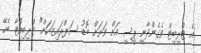
އެ ޓްރިބިޓް ވެގެންދާނީ ޕީސީ އަށް ވަރަށް ބޮޑު ސަޕްރައިޒަކަށް" ޓްރިބިއުޓާ ބެހޭ